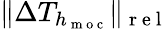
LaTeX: \| \Delta T_{h_{\mathrm{~m~o~c~}}}\| _{\mathrm{~r~e~l~}}